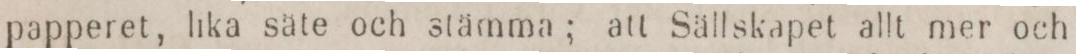
papperet, lika säte och stämma; att Sällskapet allt mer och